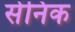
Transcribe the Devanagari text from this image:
सेनिक